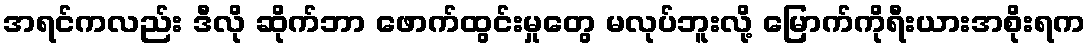
အရင်ကလည်း ဒီလို ဆိုက်ဘာ ဖောက်ထွင်းမှုတွေ မလုပ်ဘူးလို့ မြောက်ကိုရီးယားအစိုးရက